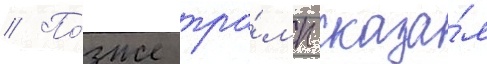
// По́зже тра́мп сказа́л